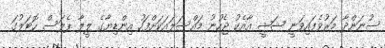
ސުނަންދާ މަރުވެފައިވަނީ ޝަޝީ އާއެކު ޖެހުނު މައްސަލައަކަށްފަހު އިންޑިޔާގެ ލީލާ ޕެލަސް ހޮޓަލުގަ